system: You are a helpful assistant.
user:
Analyze the provided spectrum to determine if it is a **Carbon Star (C-type)**.

- **Key Visual Indicators of Carbon Star:**
    - **(Primary):** Strong molecular absorption from **C₂ (diatomic carbon) "Swan Bands."** This is the **defining feature** of a carbon star.
        - **(Key Bandheads):** Sharp absorption edges are visible at approximately $5635$ Å, $5165$ Å (the strongest band), and $4737$ Å.
        - **(Line Profile):** Creates a distinct **"saw-tooth"** pattern. The key morphology is a sharp, steep bandhead on the **red (long-wavelength) side**, which then gradually tapers off (i.e., flux recovers) towards the **blue (short-wavelength) side**. *(This is the direct opposite of the TiO bands seen in M-type stars)*.

    - **(Secondary):** Intense **CN (cyanogen)** molecular absorption bands.
        - **(Key Bandheads):** Located in the blue and violet regions of the spectrum (e.g., near $4215$ Å and $3883$ Å).
        - **(Morphology):** These bands are extremely broad and act as a "blanket," absorbing the vast majority of blue and violet light. This creates a characteristic **"cliff"** or **"steep drop-off"** in the spectrum's flux at short wavelengths.

    - **(Key Confirmation):** Strong **CH absorption band (G-band)**.
        - **(Key Bandhead):** Located around $4300$ Å. The contribution from CH molecules to this band is exceptionally strong.

    - **(Overall Spectrum):**
        - The continuum is severely "chopped up" by these deep molecular bands, especially C₂, rather than appearing as a smooth curve.
        - Due to the heavy CN and C₂ absorption in the blue-green, the vast majority of the star's flux is concentrated in the red part of the spectrum, giving the star its characteristic deep red color.

Think first, call **spectral_visualization_tool** if needed to examine features in detail, then provide your final answer. Your response must adhere to the following strict rules:
1.  **Overall Structure:** Your response must follow the format `<think>...</think> <tool_call>...</tool_call> (if a tool is used) <answer>...</answer>`.
2.  **Tool Usage Constraint:** You may only make **one** tool call per turn.
3.  **Final Answer Format:** In the `<answer>` tag, your conclusion must be inside a `\boxed{}` command (e.g., `\boxed{YES}`), followed by your justification.

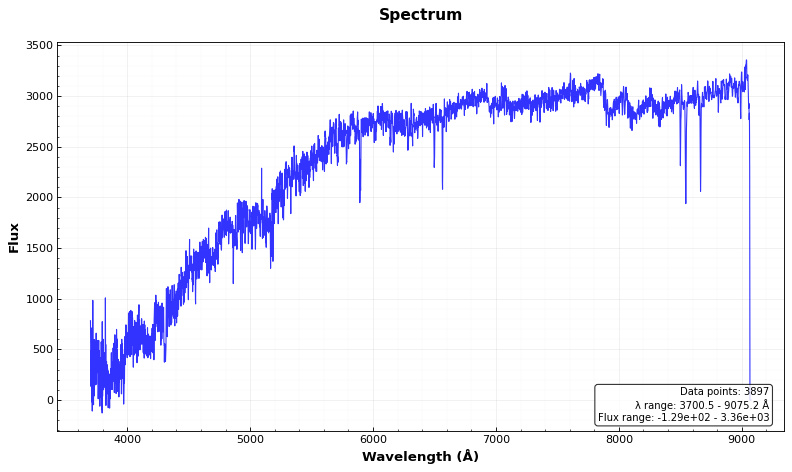
Answer: YES